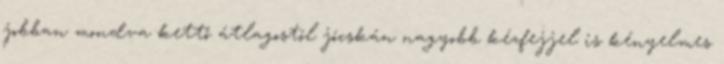
jobban mondva kettő átlagostól jócskán nagyobb kézfejjel is kényelmes